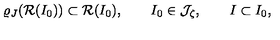
\varrho _ { J } ( { \cal R } ( I _ { 0 } ) ) \subset { \cal R } ( I _ { 0 } ) , \qquad I _ { 0 } \in { \cal J } _ { \zeta } , \qquad I \subset I _ { 0 } ,